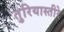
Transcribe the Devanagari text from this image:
तुरियास्तीरे